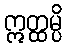
ဣတ္ထမ္ပိ